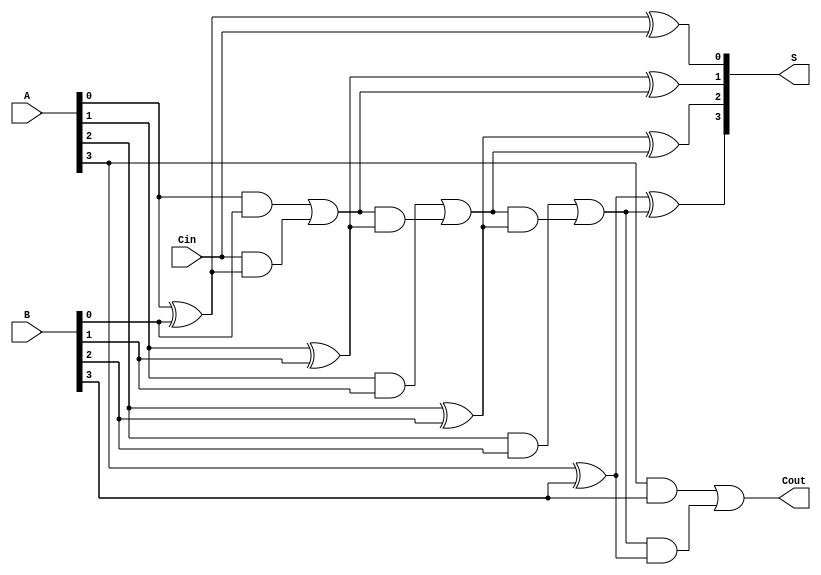
module ling_adder #(
    parameter N = 4 // Parameter for number of bits
)(
    input [N-1:0] A,    // First binary number
    input [N-1:0] B,    // Second binary number
    input Cin,          // Carry-in
    output [N-1:0] S,   // Sum output
    output Cout         // Carry-out
);

    wire [N:0] C; // Carry bits, C[0] = Cin

    // Assign Cin to C[0]
    assign C[0] = Cin;

    // Sum generation using XOR
    genvar i;
    generate
        for (i = 0; i < N; i = i + 1) begin : sum_gen
            assign S[i] = A[i] ^ B[i] ^ C[i]; // S[i] = A[i] XOR B[i] XOR C[i]
        end
    endgenerate

    // Carry generation using the provided formula
    generate
        for (i = 0; i < N; i = i + 1) begin : carry_gen
            if (i == 0) begin
                // C[1] for the first bit
                assign C[i + 1] = (A[i] & B[i]) | (C[i] & (A[i] ^ B[i])); 
            end else begin
                // C[i+1] for subsequent bits
                assign C[i + 1] = (A[i] & B[i]) | (C[i] & (A[i] ^ B[i])); 
            end
        end
    endgenerate

    // Carry-out is the last carry bit
    assign Cout = C[N];

endmodule